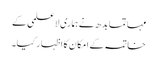
مہاتما بدھ نے ہماری لاعلمی کے
خاتمہ کے امکان کا اظہار کیا۔